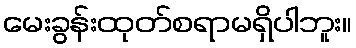
မေးခွန်းထုတ်စရာမရှိပါဘူး။